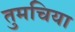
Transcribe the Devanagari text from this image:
तुमचिया